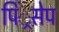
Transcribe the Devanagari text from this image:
पिं्रसेप